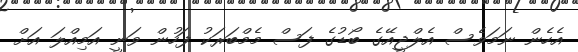
އެހެން ނަމަވެސް އެލްޖީއޭގެ ބޯޑުގެ ފަސް މެމްބަރަކު ފަހުން ވަނީ އަމިއްލަ އަށް